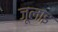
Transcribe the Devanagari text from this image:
जूलाइ